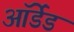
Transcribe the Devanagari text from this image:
ऑर्डेंड